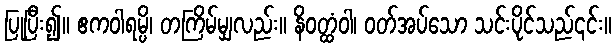
ပြုပြီး၍။ ဧကဝါရမ္ပိ၊ တကြိမ်မျှလည်း။ နိဝတ္ထံဝါ၊ ဝတ်အပ်သော သင်းပိုင်သည်၎င်း။